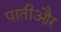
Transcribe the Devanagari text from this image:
पातीऔर